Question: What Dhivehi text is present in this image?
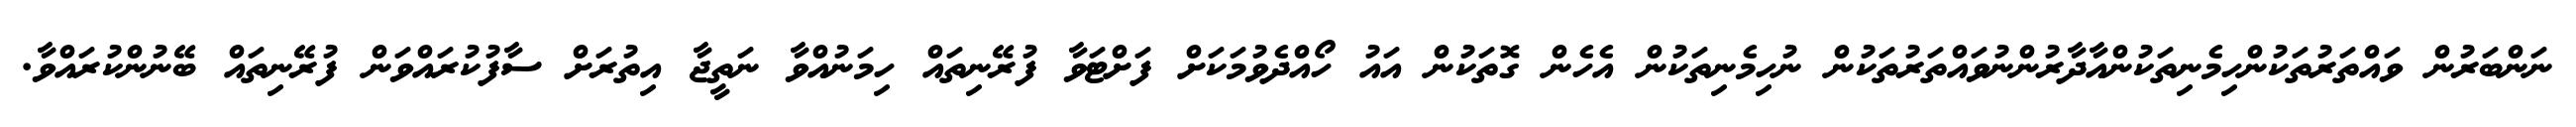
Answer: ނަންބަރުން ވައްތަރުތަކުންހިމެނިތަކުންއާދާރުންނުވައްތަރުތަކުން ނުހިމެނިތަކުން އެހެން ގޮތަކުން އައު ހޯއްދެވުމަކަށް ފަށްޓަވާ ފުރޭނިތައް ހިމަނުއްވާ ނަތީޖާ އިތުރަށް ސާފުކުރައްވަން ފުރޭނިތައް ބޭނުންކުރައްވާ.